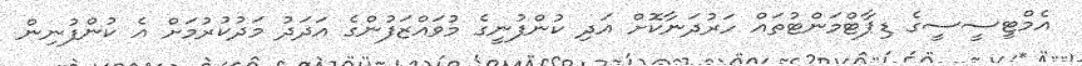
އެމްޓީސީސީގެ ޑިޕާޓްމަންޓުތައް ހަރުދަނާކޮށް އަދި ކުންފުނީގެ މުވައްޒަފުންގެ އަދަދު މަދުކުރުމަށް އެ ކުންފުނިން